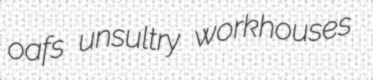
oafs unsultry workhouses